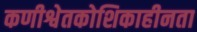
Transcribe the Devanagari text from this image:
कणीश्वेतकोशिकाहीनता